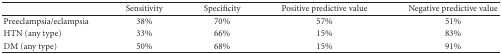
<table><thead><tr><td></td><td><b>Sensitivity</b></td><td><b>Specificity</b></td><td><b>Positive predictive value</b></td><td><b>Negative predictive value</b></td></tr></thead><tbody><tr><td>Preeclampsia/eclampsia</td><td>38%</td><td>70%</td><td>57%</td><td>51%</td></tr><tr><td>HTN (any type)</td><td>33%</td><td>66%</td><td>15%</td><td>83%</td></tr><tr><td>DM (any type)</td><td>50%</td><td>68%</td><td>15%</td><td>91%</td></tr></tbody></table>